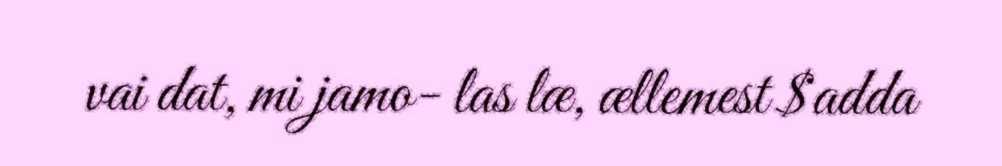
vai dat, mi jamo- las læ, ællemest $adda